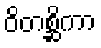
ဝိတစ္ဆိကာ